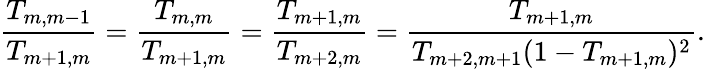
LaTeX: \frac{T_{m,m-1}}{T_{m+1,m}}=\frac{T_{m,m}}{T_{m+1,m}}=\frac{T_{m+1,m}}{T_{m+2,m}}=\frac{T_{m+1,m}}{T_{m+2,m+1}(1-T_{m+1,m})^{2}}.